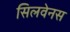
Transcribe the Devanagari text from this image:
सिलवेनस